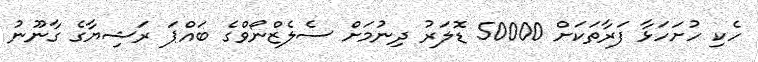
ހެކި ހުށަހަޅާ ފަރާތަކަށް 50000 ޑޮލަރު ދިނުމަށް ސެލެޒްނޯވްގެ ބައްޕަ ރަޝިޔާގެ ގާނޫނު